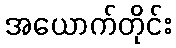
အယောက်တိုင်း